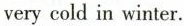
very cold in winter.